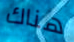
هناك